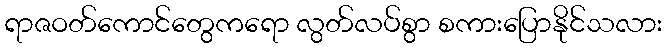
ရာဇဝတ်ကောင်တွေကရော လွတ်လပ်စွာ စကားပြောနိုင်သလား